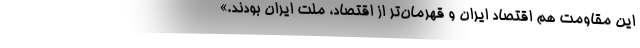
این مقاومت هم اقتصاد ایران و قهرمان‌تر از اقتصاد، ملت ایران بودند.»